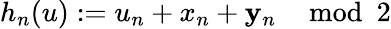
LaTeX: h_{n}(u):=u_{n}+x_{n}+\mathbf{y}_{n}\mod2